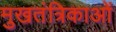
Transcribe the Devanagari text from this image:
मुखतंत्रिकाओं